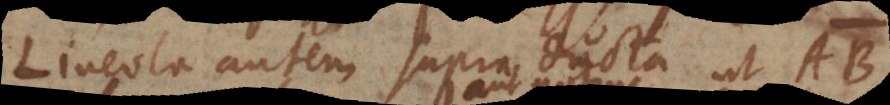
Lineola autem supra ducta ut AB